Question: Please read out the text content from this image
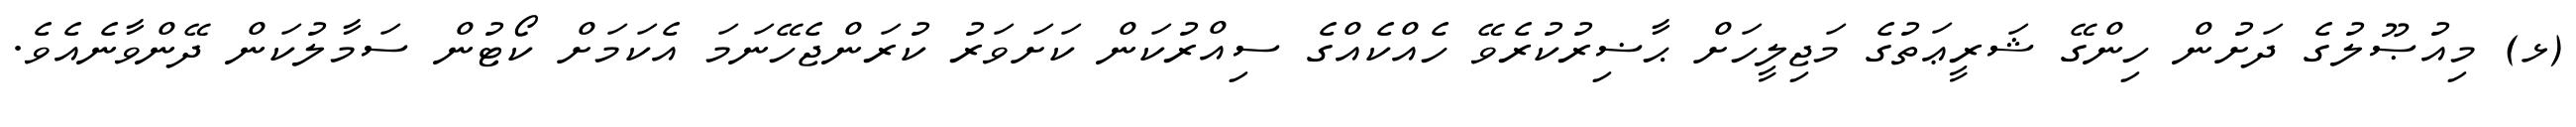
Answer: (ޅ) މިއުޞޫލުގެ ދަށުން ހިންގޭ ޝަރީޢަތުގެ މަޖިލީހަށް ޙާޟިރުކުރެވޭ ހެއްކެއްގެ ސިއްރުކަން ކަށަވަރު ކުރަންޖެހޭނަމަ އެކަމަށް ކޯޓުން ސަމާލުކަން ދޭންވާނެއެވެ.